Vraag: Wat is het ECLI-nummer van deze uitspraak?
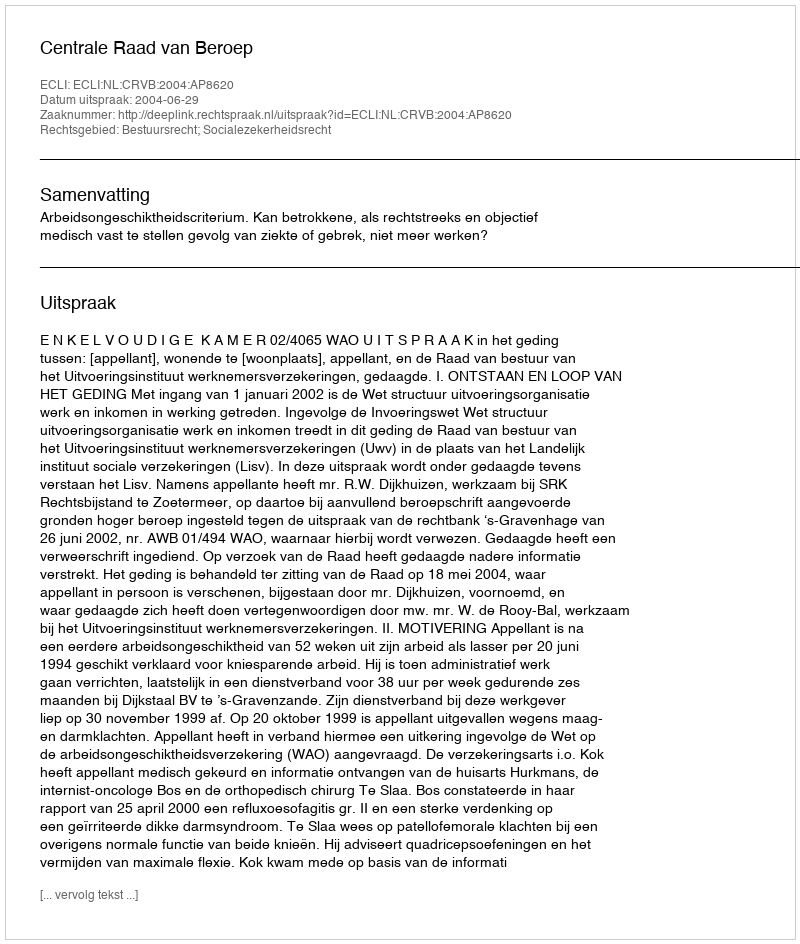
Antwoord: ECLI:NL:CRVB:2004:AP8620